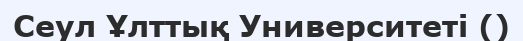
Сеул Ұлттық Университеті ()